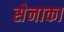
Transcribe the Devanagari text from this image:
सेनाका